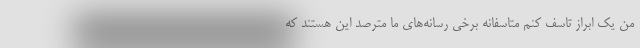
من یک ابراز تاسف کنم متاسفانه برخی رسانه‌های ما مترصد این هستند که